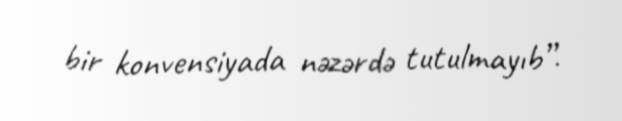
bir konvensiyada nəzərdə tutulmayıb”.